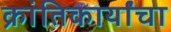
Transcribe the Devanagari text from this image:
क्रांतिकार्यांचा